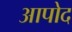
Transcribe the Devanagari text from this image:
आपोद